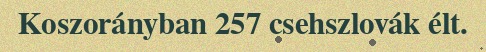
Koszorányban 257 csehszlovák élt.